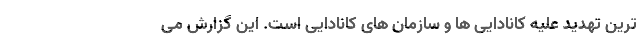
ترین تهدید علیه کانادایی ها و سازمان های کانادایی است. این گزارش می